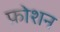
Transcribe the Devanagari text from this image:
फ़ोशन